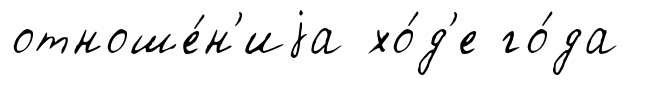
отноше́н'иjа хо́д'е го́да